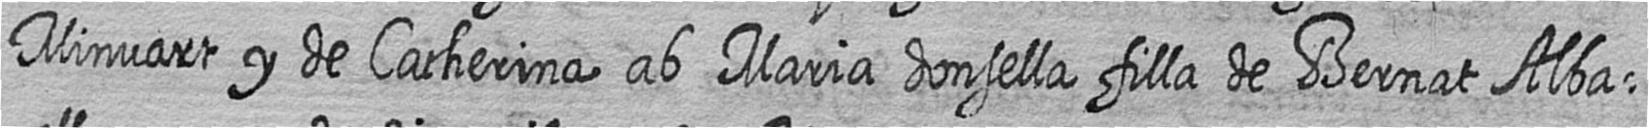
Minvart y de Catherina ab Maria donsella filla de Bernat Alba=